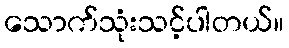
သောက်သုံးသင့်ပါတယ်။